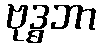
ဗုဒ္ဓဘာ